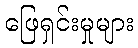
ဖြေရှင်းမှုများ